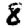
Digit: 8